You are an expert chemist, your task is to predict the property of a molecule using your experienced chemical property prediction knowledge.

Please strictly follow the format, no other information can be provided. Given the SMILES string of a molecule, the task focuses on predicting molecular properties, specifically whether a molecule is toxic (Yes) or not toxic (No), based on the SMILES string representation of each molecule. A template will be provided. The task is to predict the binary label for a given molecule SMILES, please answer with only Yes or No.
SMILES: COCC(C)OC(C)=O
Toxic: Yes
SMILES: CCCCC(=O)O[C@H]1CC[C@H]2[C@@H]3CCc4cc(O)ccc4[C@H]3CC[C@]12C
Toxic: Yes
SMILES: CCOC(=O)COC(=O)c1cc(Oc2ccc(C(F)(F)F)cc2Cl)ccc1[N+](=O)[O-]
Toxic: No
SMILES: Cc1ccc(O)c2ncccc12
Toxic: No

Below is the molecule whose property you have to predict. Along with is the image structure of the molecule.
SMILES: O=C(O)Cn1c(C(=O)Nc2nc(-c3ccccc3Cl)cs2)cc2ccccc21
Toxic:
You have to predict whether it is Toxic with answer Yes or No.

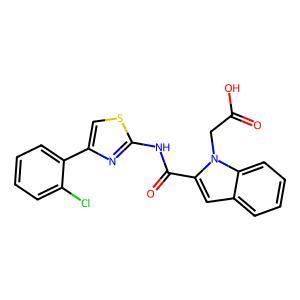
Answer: No